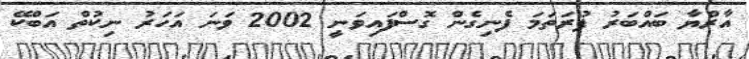
އާރްޔާ ބައްބަރު ފުރަތަމަ ފެނިގެން ގޮސްފައިވަނީ 2002 ވަނަ އަހަރު ނިކުތް އަބްކޭ